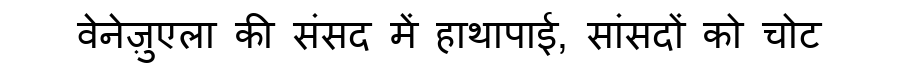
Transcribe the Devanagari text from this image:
वेनेज़ुएला की संसद में हाथापाई, सांसदों को चोट